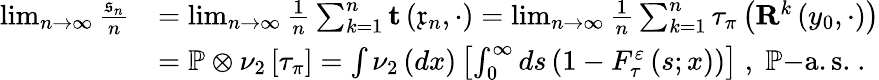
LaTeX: \begin{array}{rl}{\operatorname*{lim}_{n\rightarrow\infty}\frac{\mathfrak{s}_{n}}{n}}&{=\operatorname*{lim}_{n\rightarrow\infty}\frac{1}{n}\sum_{k=1}^{n}\mathbf{t}\left(\mathfrak{x}_{n},\cdot\right)=\operatorname*{lim}_{n\rightarrow\infty}\frac{1}{n}\sum_{k=1}^{n}\tau_{\pi}\left(\mathbf{R}^{k}\left(y_{0},\cdot\right)\right)}\\ &{=\mathbb{P}\otimes\nu_{2}\left[\tau_{\pi}\right]=\int\nu_{2}\left(dx\right)\left[\int_{0}^{\infty}ds\left(1-F_{\tau}^{\varepsilon}\left(s;x\right)\right)\right]\; ,\; \mathbb{P}\mathrm{-a.s.}\ .}\end{array}